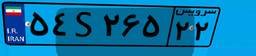
۵۴S۲۶۵۲۲